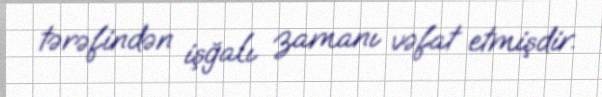
tərəfindən işğalı zamanı vəfat etmişdir.